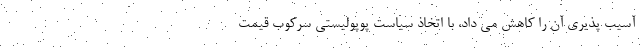
آسیب پذیری آن را کاهش می داد، با اتخاذ سیاست پوپولیستی سرکوب قیمت